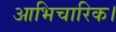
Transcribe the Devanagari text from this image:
आभिचारिक।